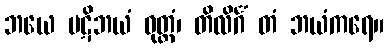
ဘယေ ပဋိဘယံ ဝုတ္တံ၊ တိလိင်္ဂံ တံ ဘယံကရေ။